Medical and sanitary report of the native army of Madras for the year
Year: 1875
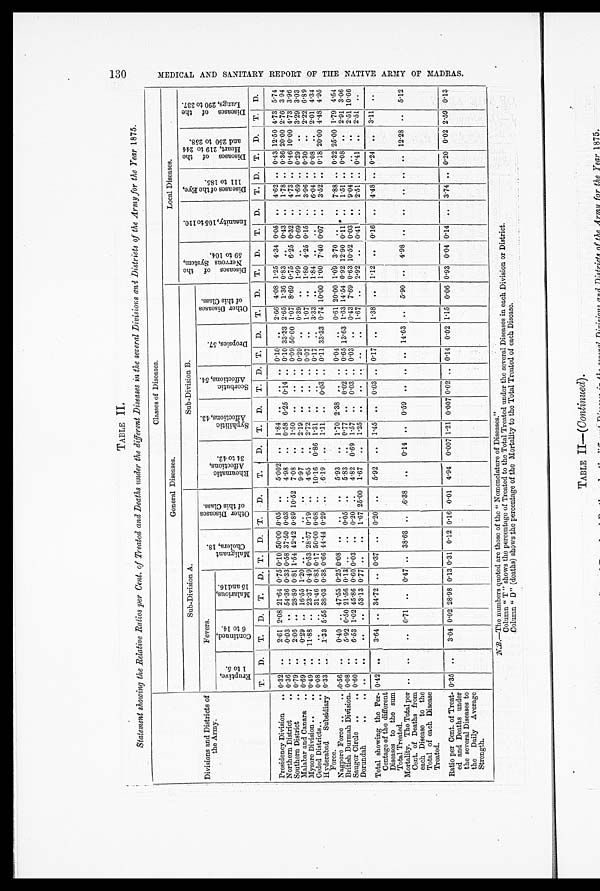
1 3 0 ME D I C A L A N D S A N I T A R Y R E P O R T O F T H E N A T I V E A R MY O F MA D R A S .
TABLE
I I .
Statement showing the Relative Ratios per Cent. of Treated and Deaths under the different Diseases in the several Divisions ands Districts of the Army for the Year 1875.
Divisions and Districts of
the Army.
Classes of Diseases.
General Diseases.
Local Diseases.
Sub-Division A.
Sub-Division B
D i s e a s c s o f t h e N e r v o u s S y s t e m , 5 9 t o 1 0 4 .
I n s a n i t y , 1 0 5 t o 1 1 0 .
D i s e a s e s o f t h e E y e , 1 1 1 t o 1 8 5 .
D i s e a s e s o f t h e H e a r t , 2 1 9 t o 2 4 4 a n d 2 5 0 t o 2 5 8 .
Di s e a s e s o f t h e L u n g s , 2 9 0 t o 3 3 7 .
Fevers.
M a l i g n a n t C h o l e r a , 1 8 .
-
Ot h e r Di s e a s e s o f t h i s Cl a s s .
Rh e u ma t i c Af f e c t i o n s , 3 4 t o 4 2 .
Syphi l i t i c
A f f e c t i o n s , 4 3 .
S c o r b u t i c A f f e c t i o n s , 5 4 .
Dr o p s i e s , 5 7 .
O t h e r D i s e a s e s o f t h i s C l a s s .
Er u p t i v e , 1 t o 5 .
C o n t i n u e d 6 t o 1 4 .
Ma l a r i ous , 15 a nd 16.
T.
D.
T.
D.
T.
D. T.
D. T.
D.
T.
D.
T.
D.
T. D. T.
D.
T.
D.
T.
D.
T.
D.
T. D.
T.
D.
T.
D.
Presidency Division
.. 0 . 32 ..
2.61 2.08 21.64 0.75 0.10
5 0 . 0 0 0.05 ..
5.002 ..
1.84 ..
. . .. 0.10 ..
2.66 4.08 1.25
4 . 3 4 0.05 ..
4.62 .. 0.43 12.50 4.73 5.74
Northern District
.. 0.36
. .
0.03 .. 54.36 0.33 0.58 37.50 0.03 ..
4.98
..
0.58 6.25
0 . 1 4 .. 0.10
3 3 . 3 3
2 . 6 5 1.36 0.83
. . 0.43 ..
1.78 .. 0.36
2 0 . 0 0 2.76 3.94
Southern District
..
0 . 7 9
. .
2.06
. . 28.89 0.81 1.54 42.42 0.89 10.52
7 . 0 8
..
1.50 ..
..
..
0 . 0 9 50.00 1.07 8.69 0.75 6.25 0.32 ..
4.73 .. 0.46 10.00 4.73
3 . 9 6
Malabar and Canara .. 0.69 ..
0 . 2 9 . . 16.55
1 . 2 0 ..
..
..
..
9.97
..
2.19 ..
..
. . 0.29 ..
0.39 ..
1 . 9 9 ..
0.69 ..
1.69 .. 0.29 ..
3.29 3.03
Mysore Division ..
..
0 . 4 9 ..
11.88 ..
2 3 . 3 7
0 . 4 9 0.53 28.57 0.19 ..
4.65
..
2.72 ..
..
.. 0.07 ..
1 . 0 7 ..
1.80 4.25 0.15 ..
3.96 .. 0.30 ..
2 . 2 2
6 . 8 9
Ceded Districts..
.. 0.08 ..
..
.. 31.46 0.83
0 . 1 7
5 0 . 0 0 0.08 ..
10.16
0.86
1 . 3 1 ..
..
.. 0.17 ..
3.33 ..
1 . 8 4 ..
..
..
6.04 .. 0.08 ..
2.01 4.34
Hyderabad
Subsidiary 0.33 ..
1 . 3 3 5.55
3 8 . 0 3
0 . 3 8
0.66 44.44 0.29 ..
6.19
..
1.11 ..
0 . 0 3 .. 0.11 33.33
0 . 7 4 10.00
1 . 0 0 7.40 0.07 ..
3 . 5 2 ..
0 . 1 8 20.00 4.48
4 . 9 5
Force.
Nagpore Force ..
. . 0.56 ..
0.40 .. 47.55
0 . 2 5
0 . 0 8 ..
..
..
5.93
.. 1.70 2.38
. . .. 0.04 ..
0.61 20.00 1.09 3.70 ..
..
7 . 8 8 .. 0.32 25.00 1.79
4 . 5 4
British Burmah Division. 0.08 ..
5 . 9 2 0.50 21.56 0.13 ..
..
0.05 ..
5.83
..
0 . 7 7 ..
6 . 0 2 .. 0.65 13.63
1 . 6 3 14.54
0 . 9 2 12.90 0.11 ' ..
1.51 ..
0 . 0 8 ..
2.91 3.06
Saugor Circle ..
.. 0.60 ..
6.53 1.02 45.86 0.60 0.03 ..
0.20 ..
4 . 8 2 0.69 1.57 ..
0 . 0 3 .. 0.03 ..
0.43 7.69 0.63 10.52 0.03 ..
9.04 ..
..
..
2.51 10.66
Dorundah
. . . . . .
. .
. .
. . 53.13
0 . 7 7 ..
..
1 . 6 7 25.00
1 . 6 7
..
1.25 ..
..
. . ..
..
1.67 ..
2.92 ..
0.41 ..
2.51 .. 0.41 ..
2.51 ..
Total showing the Per-
0 . 4 2 ..
3.64 .. 34.72 .. 0.37 ..
0.20 ..
5.92
..
1.45 ..
0.03 .. 0.17 ..
1.38 ..
1.12 ..
0.16 ..
4 . 4 8 ..
0 . 2 4 ..
3.11 ..
Centage of the different
Diseases to the sum
Total Treated.
Mortality. The Total per ..
..
..
0.71 ..
0 . 4 7 ..
3 8 . 6 3 ..
6.38
..
0.14 ..
0.59 ..
..
.. 14.63 ..
5.90 ..
4.98 ..
..
..
..
.. 12.28 ..
5.12
Cent. of Deaths from
each Disease to the
Total of each Disease
Treated.
Ratio per Cent. of Treat-
ed and Deaths under
the several Diseases to
the
Daily Average
Strength.
0.35 ..
3.04
0 . 0 2 28.98 0.13
0 . 3 1 0.12 0.16
0 . 0 1 4.94 0.007 1.21 0.007 0.02 .. 0.14 0.02 1.15 0.06 0.93
0 . 0 4 0.14 ..
3 . 7 4 ..
0 . 2 0 0.02 2.59
0 . 1 3
N . B
. - T h e n u m b e r s q u o t e d a r e t h o s e o f t h e " N o m e n c l a t u r e o f D i s e a s e s . "
Column " T " shows the percentage of Treated to the Total Treated under the several Diseases in each Division or District.
.Column " D" (deaths) shows the percentage of the Mortality to the Total Treated of each Disease.